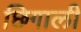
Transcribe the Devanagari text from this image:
छिगाली